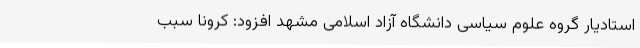
استادیار گروه علوم سیاسی دانشگاه آزاد اسلامی مشهد افزود: کرونا سبب